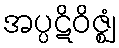
အပ္ပဋိဝိဇ္ဈံ